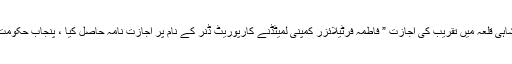
نجی ٹی وی اے آر وائے نیوز نے ذرائع کے حوالے سے کہاہے کہ شاہی قلعہ میں تقریب کی اجازت ” فاطمہ فرٹیلائزر کمپنی لمیٹڈنے کارپوریٹ ڈنر کے نام پر اجازت نامہ حاصل کیا ، پنجاب حکومت کی جانب سے سٹرکچر متاثر نہ کرنے کی واضح ہدایات دی گئیں ۔